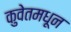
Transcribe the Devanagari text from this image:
कुवेतमधून